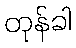
တုန်ခါ